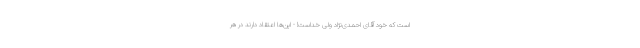
است که خود آقای احمدی‌نژاد ولیّ خداست! - این‌ها اعتقاد دارند در هر